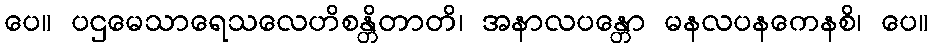
ပေ။ ပဌမေသာရေသလေဟိစန္တိတာတိ၊ အနာလပန္တော မနလပနကေနစိ၊ ပေ။